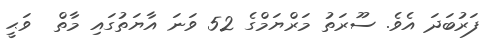
ފަރުބަދަ އެވެ. ސޫރަތު މަރްޔަމްގެ 52 ވަނަ އާޔަތުގައި މާތް  ވަޙީ